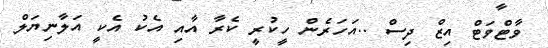
ވާޓްވަޓް އިޒް ދިސް ..އަހަރެން ހީކުރީ ކެރާ އާއި އެކު އެކީ އަލާނިޔަލް